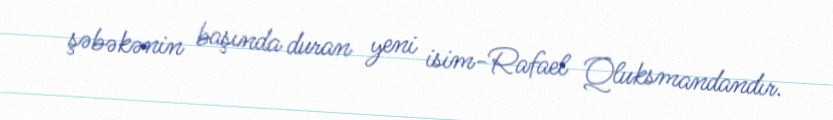
şəbəkənin başında duran yeni isim-Rafael Qluksmandandır.